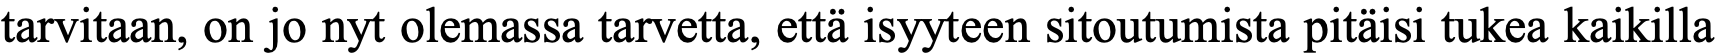
tarvitaan, on jo nyt olemassa tarvetta, että isyyteen sitoutumista pitäisi tukea kaikilla